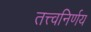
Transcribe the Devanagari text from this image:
तत्त्वनिर्णय